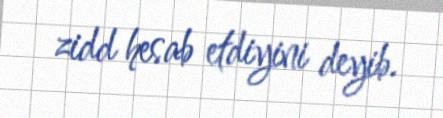
zidd hesab etdiyini deyib.